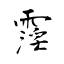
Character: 霪